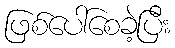
ဖြစ်ပေါ်စေခဲ့ပြီး